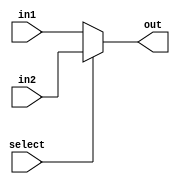
//////////////////////////////////////////////////////////////////////////////////
 
// Module Name: 	Mux
//	Project Name:	Project 1 - Part 2 
//
//////////////////////////////////////////////////////////////////////////////////
module Two_Input_mux(
							in1, 
							in2, 
							select, 
							out
						);
						parameter BUS_WIDTH = 8;
						parameter MSB = BUS_WIDTH - 1;
						
						input wire [MSB: 0] in1; 
						input wire [MSB: 0] in2;
						input wire select;
						output reg [MSB : 0] out;
						
						always @(*) begin
							out <= (select)? in2 : in1;
						end

endmodule